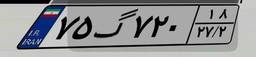
۷۵گ۷۲۰۱۸